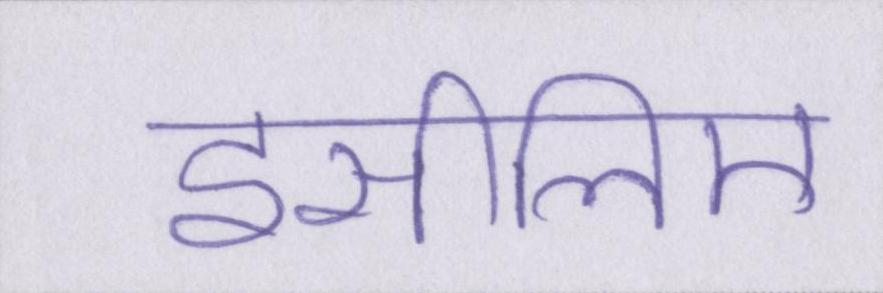
इसीलिए